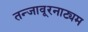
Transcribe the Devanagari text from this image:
तन्‍जावूरनाट्यम